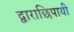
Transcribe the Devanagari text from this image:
द्वाराछिपायी